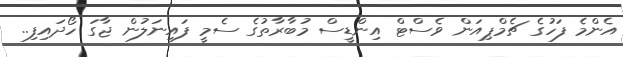
އެންމެ ފަހުގެ ޗެމްޕިއަން ވެސްޓް އިންޑީސް މުބާރާތުގެ ސެމީ ފައިނަލުން ޖާގަ ހޯދައިފި..